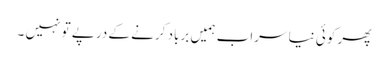
پھر کوئی نیا سراب ہمیں برباد کرنے کے درپے تو نہیں ۔